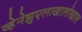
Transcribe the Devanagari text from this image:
व्हेनेझुएलाखालोखाल